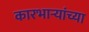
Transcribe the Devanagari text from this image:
कारभार्‍यांच्या